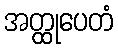
အတ္ထုပေတံ